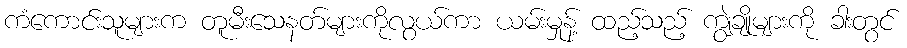
ကံကောင်းသူများက တူမီးသေနတ်များကိုလွယ်ကာ ယမ်းမှုန့် ထည့်သည့် ကျွဲချိုများကို ခါးတွင်